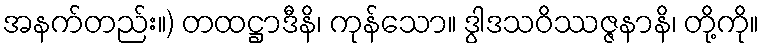
အနက်တည်း။) တထဋ္ဌာဒီနိ၊ ကုန်သော။ ဒွါဒသဝိဿဇ္ဇနာနိ၊ တို့ကို။